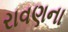
રાવણના